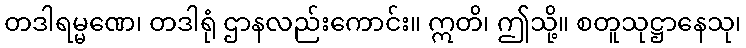
တဒါရမ္မဏေ၊ တဒါရုံ ဌာနလည်းကောင်း။ ဣတိ၊ ဤသို့။ စတူသုဋ္ဌာနေသု၊